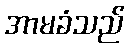
အာမခံသည်